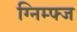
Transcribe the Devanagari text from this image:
ग्निम्फ्ज